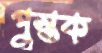
পুস্তক